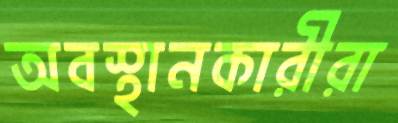
অবস্থানকারীরা